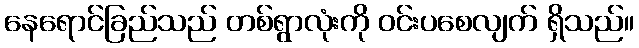
နေရောင်ခြည်သည် တစ်ရွာလုံးကို ဝင်းပစေလျက် ရှိသည်။